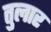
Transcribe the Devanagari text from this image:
तुलार